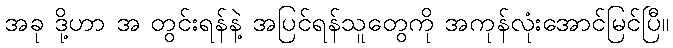
အခု ဒို့ဟာ အ တွင်းရန်နဲ့ အပြင်ရန်သူတွေကို အကုန်လုံးအောင်မြင်ပြီ။